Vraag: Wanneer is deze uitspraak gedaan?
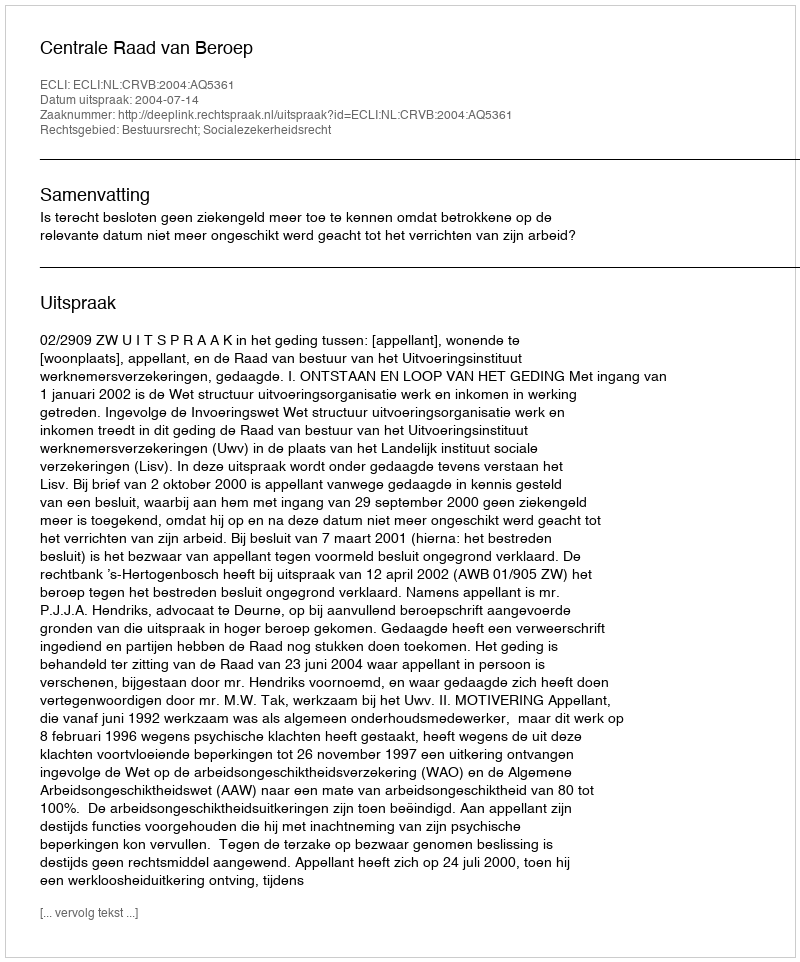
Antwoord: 2004-07-14